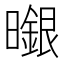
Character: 𭨆